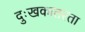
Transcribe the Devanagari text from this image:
दुःखकातरता